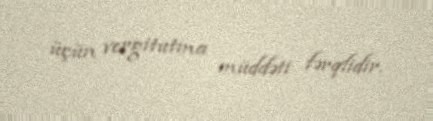
üçün vergitutma müddəti fərqlidir.